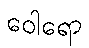
ဝေါရော